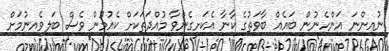
ނުއިންނަ އަންހެނުން ބައެއް ބާވަތުގެ ކާނާ އެކަށީގެންވާ މުއްދަތަކަށް ކެއުމުން ވެސް ބަލިވެއިނުމަށް